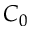
C _ { 0 }